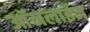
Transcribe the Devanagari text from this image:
आॅनलाईन